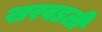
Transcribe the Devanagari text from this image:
खरवडली